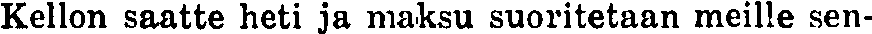
Kellon saatte heti ja maksu suoritetaan meille sen-